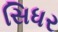
સિધર